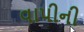
વાપીની